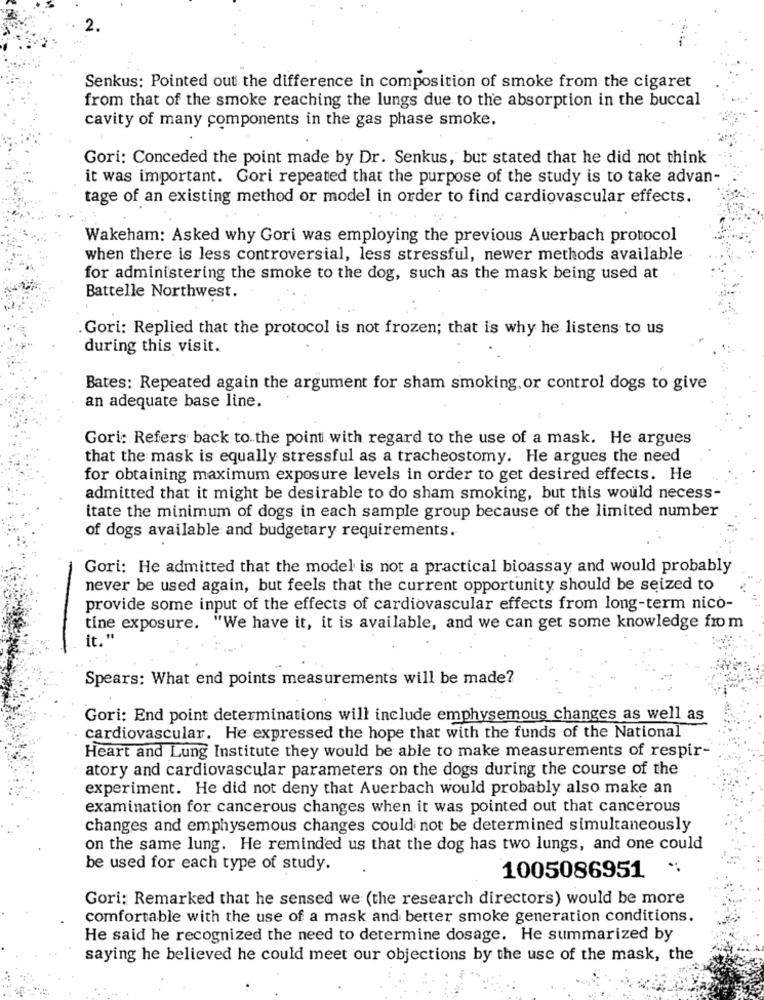
2.
Senkus: Pointed out the difference in composition of smoke from the cigaret
from that of the smoke reaching the lungs due to the absorption in the buccal
cavity of many components in the gas phase smoke.
Gori: Conceded the point made by Dr. Senkus, but stated that he did not think
it was important. Gori repeated that the purpose of the study is to take advan-
tage of an existing method or model in order to find cardiovascular effects.
Wakeham: Asked why Gori was employing the previous Auerbach protocol
when there is less controversial, less stressful, newer methods available
for administering the smoke to the dog, such as the mask being used at
Battelle Northwest.
Gori: Replied that the protocol is not frozen; that is why he listens to us
during this visit.
Bates: Repeated again the argument for sham smoking, or control dogs to give
an adequate base line.
Gori: Refers back to the point with regard to the use of a mask. He argues
that the mask is equally stressful as a tracheostomy. He argues the need
for obtaining maximum exposure levels in order to get desired effects. He
admitted that it might be desirable to do sham smoking, but this would necess-
itate the minimum of dogs in each sample group because of the limited number
of dogs available and budgetary requirements.
Gori: He admitted that the model is not a practical bioassay and would probably
never be used again, but feels that the current opportunity should be seized to
provide some input of the effects of cardiovascular effects from long-term nico-
tine exposure. "We have it, it is available, and we can get some knowledge from
it. "
Spears: What end points measurements will be made?
Gori: End point determinations will include emphysemous changes as well as
cardiovascular. He expressed the hope that with the funds of the National
Heart and Lung Institute they would be able to make measurements of respir-
atory and cardiovascular parameters on the dogs during the course of the
experiment. He did not deny that Auerbach would probably also make an
examination for cancerous changes when it was pointed out that cancerous
changes and emphysemous changes could not be determined simultaneously
on the same lung. He reminded us that the dog has two lungs, and one could
be used for each type of study.
1005086951
Gori: Remarked that he sensed we (the research director's) would be more
comfortable with the use of a mask and better smoke generation conditions.
He said he recognized the need to determine dosage. He summarized by
saying he believed he could meet our objections by the use of the mask, the